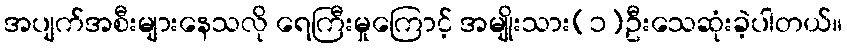
အပျက်အစီးများနေသလို ရေကြီးမှုကြောင့် အမျိုးသား(၁)ဦးသေဆုံးခဲ့ပါတယ်။